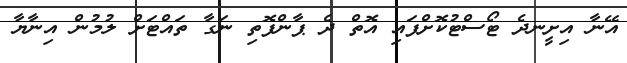
އޭނާ އިށީނދެ ޓޯސްޓުކޮށްފައި އޮތް ދެ ޕާންފޮތި ނަގާ ތައްޓަށް ލުމުން އިނާޔާ